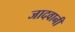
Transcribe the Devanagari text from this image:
जादवानी